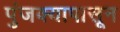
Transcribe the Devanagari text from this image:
पुंजक्यापासून